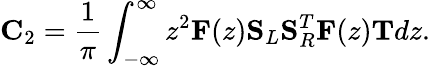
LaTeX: \mathbf{C}_{2}=\frac{1}{\pi}\int_{-\infty}^{\infty}z^{2}\mathbf{F}(z)\mathbf{S}_{L}\mathbf{S}_{R}^{T}\mathbf{F}(z)\mathbf{T}dz.